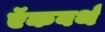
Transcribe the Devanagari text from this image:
ऍकवर्थ